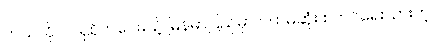
ဘယ်လိုပဲ ဂရုစိုက်ပေမယ့် မြန်မာပြည်မှာ ပထမဆုံး စတင်ရေးသားတဲ့